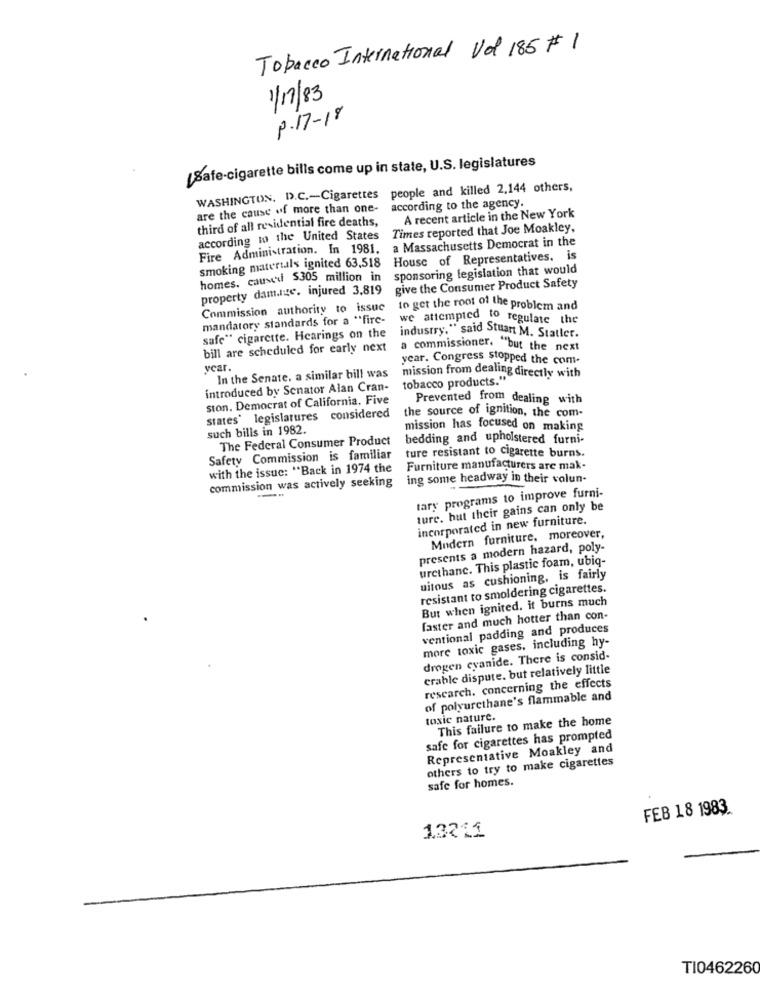
Tobacco International Vd 185 # 1
1/17/83
P.17-18
[Safe-cigarette bills come up in state, U.S. legislatures
WASHINGTON, D.C .- Cigarettes people and killed 2,144 others,
are the cause of more than one-
according to the agency.
A recent article in the New York
third of all residential fire deaths,
according to the United States Times reported that Joe Moakley,
Fire Administration. In 1981. a Massachusetts Democrat in the
smoking materials ignited 63,518 House of Representatives. is
sponsoring legislation that would
homes. cause $305 million in
property dam.lite. injured 3,819
give the Consumer Product Safety
Commission authority to issue
to get the root of the problem and
mandatory standards for a "fire-
we attempted to regulate the
safe" cigarette. Hearings on the
industry," said Stuart M. Statler.
bill are scheduled for early next
a commissioner. "but the next
year. Congress stopped the com-
year.
In the Senate. a similar bill was
tobacco products.""
mission from dealing directly with
introduced by Senator Alan Cran-
ston. Democrat of California. Five
Prevented from dealing with
states* legislatures considered
the source of ignition, the com-
such bills in 1982.
mission has focused on making
The Federal Consumer Product
bedding and upholstered furni-
ture resistant to cigarette burns.
Safety Commission is familiar
with the issue: "Back in 1974 the
Furniture manufacturers are mak-
commission was actively seeking
ing some headway in their volun-
tary programs to improve furni-
ture. but their gains can only be
incorporated in new furniture.
Modern furniture. moreover,
presents a modern hazard, poly-
urethane. This plastic foam, ubiq-
uitous as cushioning, is fairly
resistant to smoldering cigarettes.
But when ignited. it burns much
faster and much hotter than con-
ventional padding and produces
more toxic gases, including hy-
drogen cyanide. There is consid-
erable dispute. but relatively little
research. concerning the effects
of polyurethane's flammable and
toxic nature.
This failure to make the home
safe for cigarettes has prompted
Representative Moakley and
others to try to make cigarettes
safe for homes.
FEB 18 1983.
13211
TI0462260